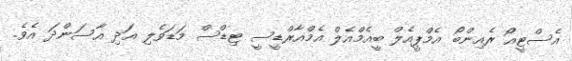
އެސްޓީއޯ ރެއިންބޯ އެމްޕީއެލް ބީއެމްއެލް އެމްއާރްޑީސީ ޓިޑްސް މަޑަވެލި އަދި އާސަންދަ އެވެ.